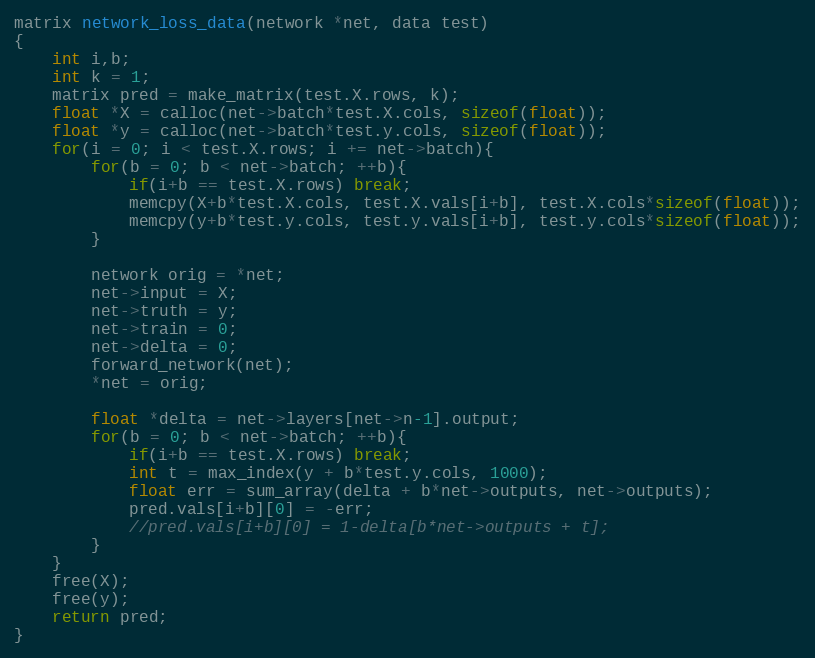
Language: C
matrix network_loss_data(network *net, data test)
{
    int i,b;
    int k = 1;
    matrix pred = make_matrix(test.X.rows, k);
    float *X = calloc(net->batch*test.X.cols, sizeof(float));
    float *y = calloc(net->batch*test.y.cols, sizeof(float));
    for(i = 0; i < test.X.rows; i += net->batch){
        for(b = 0; b < net->batch; ++b){
            if(i+b == test.X.rows) break;
            memcpy(X+b*test.X.cols, test.X.vals[i+b], test.X.cols*sizeof(float));
            memcpy(y+b*test.y.cols, test.y.vals[i+b], test.y.cols*sizeof(float));
        }

        network orig = *net;
        net->input = X;
        net->truth = y;
        net->train = 0;
        net->delta = 0;
        forward_network(net);
        *net = orig;

        float *delta = net->layers[net->n-1].output;
        for(b = 0; b < net->batch; ++b){
            if(i+b == test.X.rows) break;
            int t = max_index(y + b*test.y.cols, 1000);
            float err = sum_array(delta + b*net->outputs, net->outputs);
            pred.vals[i+b][0] = -err;
            //pred.vals[i+b][0] = 1-delta[b*net->outputs + t];
        }
    }
    free(X);
    free(y);
    return pred;
}